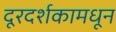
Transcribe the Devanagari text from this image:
दूरदर्शकामधून